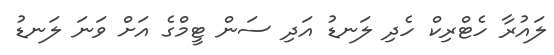
ލައުރާ ހެޓްރިކް ހެދި ލަނޑު އަދި ސަން ޓީމްގެ އަށް ވަނަ ލަނޑު